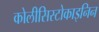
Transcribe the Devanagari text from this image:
कोलीसिस्टोकाइनिन